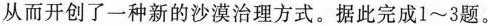
从而开创了一种新的沙漠治理方式。据此完成1~3题。